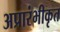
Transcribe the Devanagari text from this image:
अप्रारंभीकृत